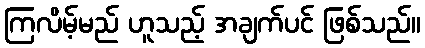
ကြလိမ့်မည် ဟူသည့် အချက်ပင် ဖြစ်သည်။